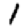
Digit: 1